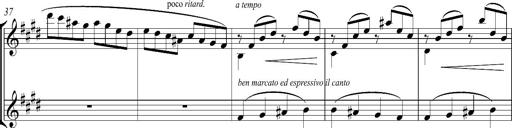
Title: Consolations
Composer: Franz Liszt